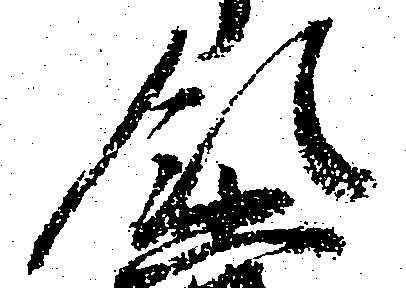
領